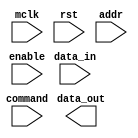
module ddr_sdr(mclk, rst, data_in, data_out, addr, command, enable);

input mclk, rst, enable;
input [7:0] data_in;
output [7:0] data_out;
input [11:0] addr;
input [1:0] command;

// Sequential logic blocks for synchronization
reg [7:0] data_reg;
reg [7:0] data_out_reg;
reg [11:0] addr_reg;
reg [1:0] command_reg;

always @(posedge mclk) begin
if (rst) begin
data_reg <= 8'b0;
data_out_reg <= 8'b0;
addr_reg <= 12'b0;
command_reg <= 2'b0;
end else begin
data_reg <= data_in;
data_out_reg <= data_out_reg;
addr_reg <= addr;
command_reg <= command;
end
end

// Error correction mechanisms
// Implement error correction logic here

// Components for address decoding, command processing, and data multiplexing
// Implement address decoding, command processing, and data multiplexing logic here

// Additional components for efficient data access within the memory module
// Implement additional components here

endmodule